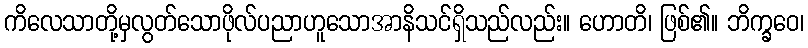
ကိလေသာတို့မှလွတ်သောဖိုလ်ပညာဟူသောအာနိသင်ရှိသည်လည်း။ ဟောတိ၊ ဖြစ်၏။ ဘိက္ခဝေ၊